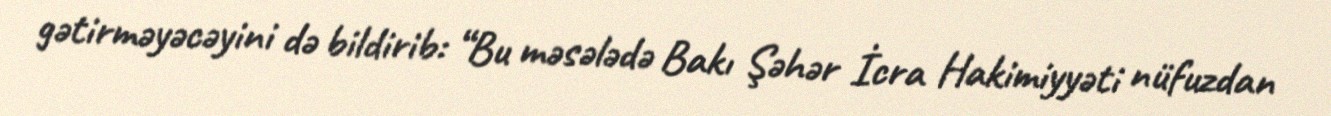
gətirməyəcəyini də bildirib: “Bu məsələdə Bakı Şəhər İcra Hakimiyyəti nüfuzdan